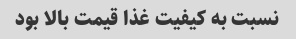
نسبت به کیفیت غذا قیمت بالا بود